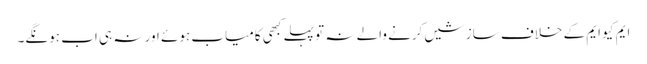
ایم کیو ایم کے خلاف سازشیں کرنے والے نہ تو پہلے کبھی کامیاب ہوئے اور نہ ہی اب ہونگے۔